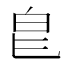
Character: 𭽇